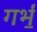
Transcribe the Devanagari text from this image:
गर्भं॒